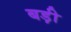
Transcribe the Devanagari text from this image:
बड़़ी